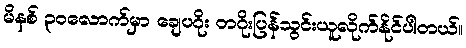
မိနစ် ၃၀လောက်မှာ ချေပဂိုး တဂိုးပြန်သွင်းယူလိုက်နိုင်ပါတယ်။